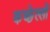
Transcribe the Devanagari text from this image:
कच्छेल्लों